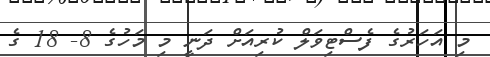
މި އަހަރުގެ ފެސްޓިވަލް ކުރިއަށް ދަނީ މި މަހުގެ 8- 18 ގެ